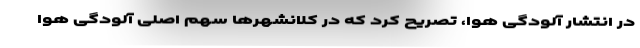
در انتشار آلودگی هوا، تصریح کرد که در کلانشهر‌ها سهم اصلی آلودگی هوا